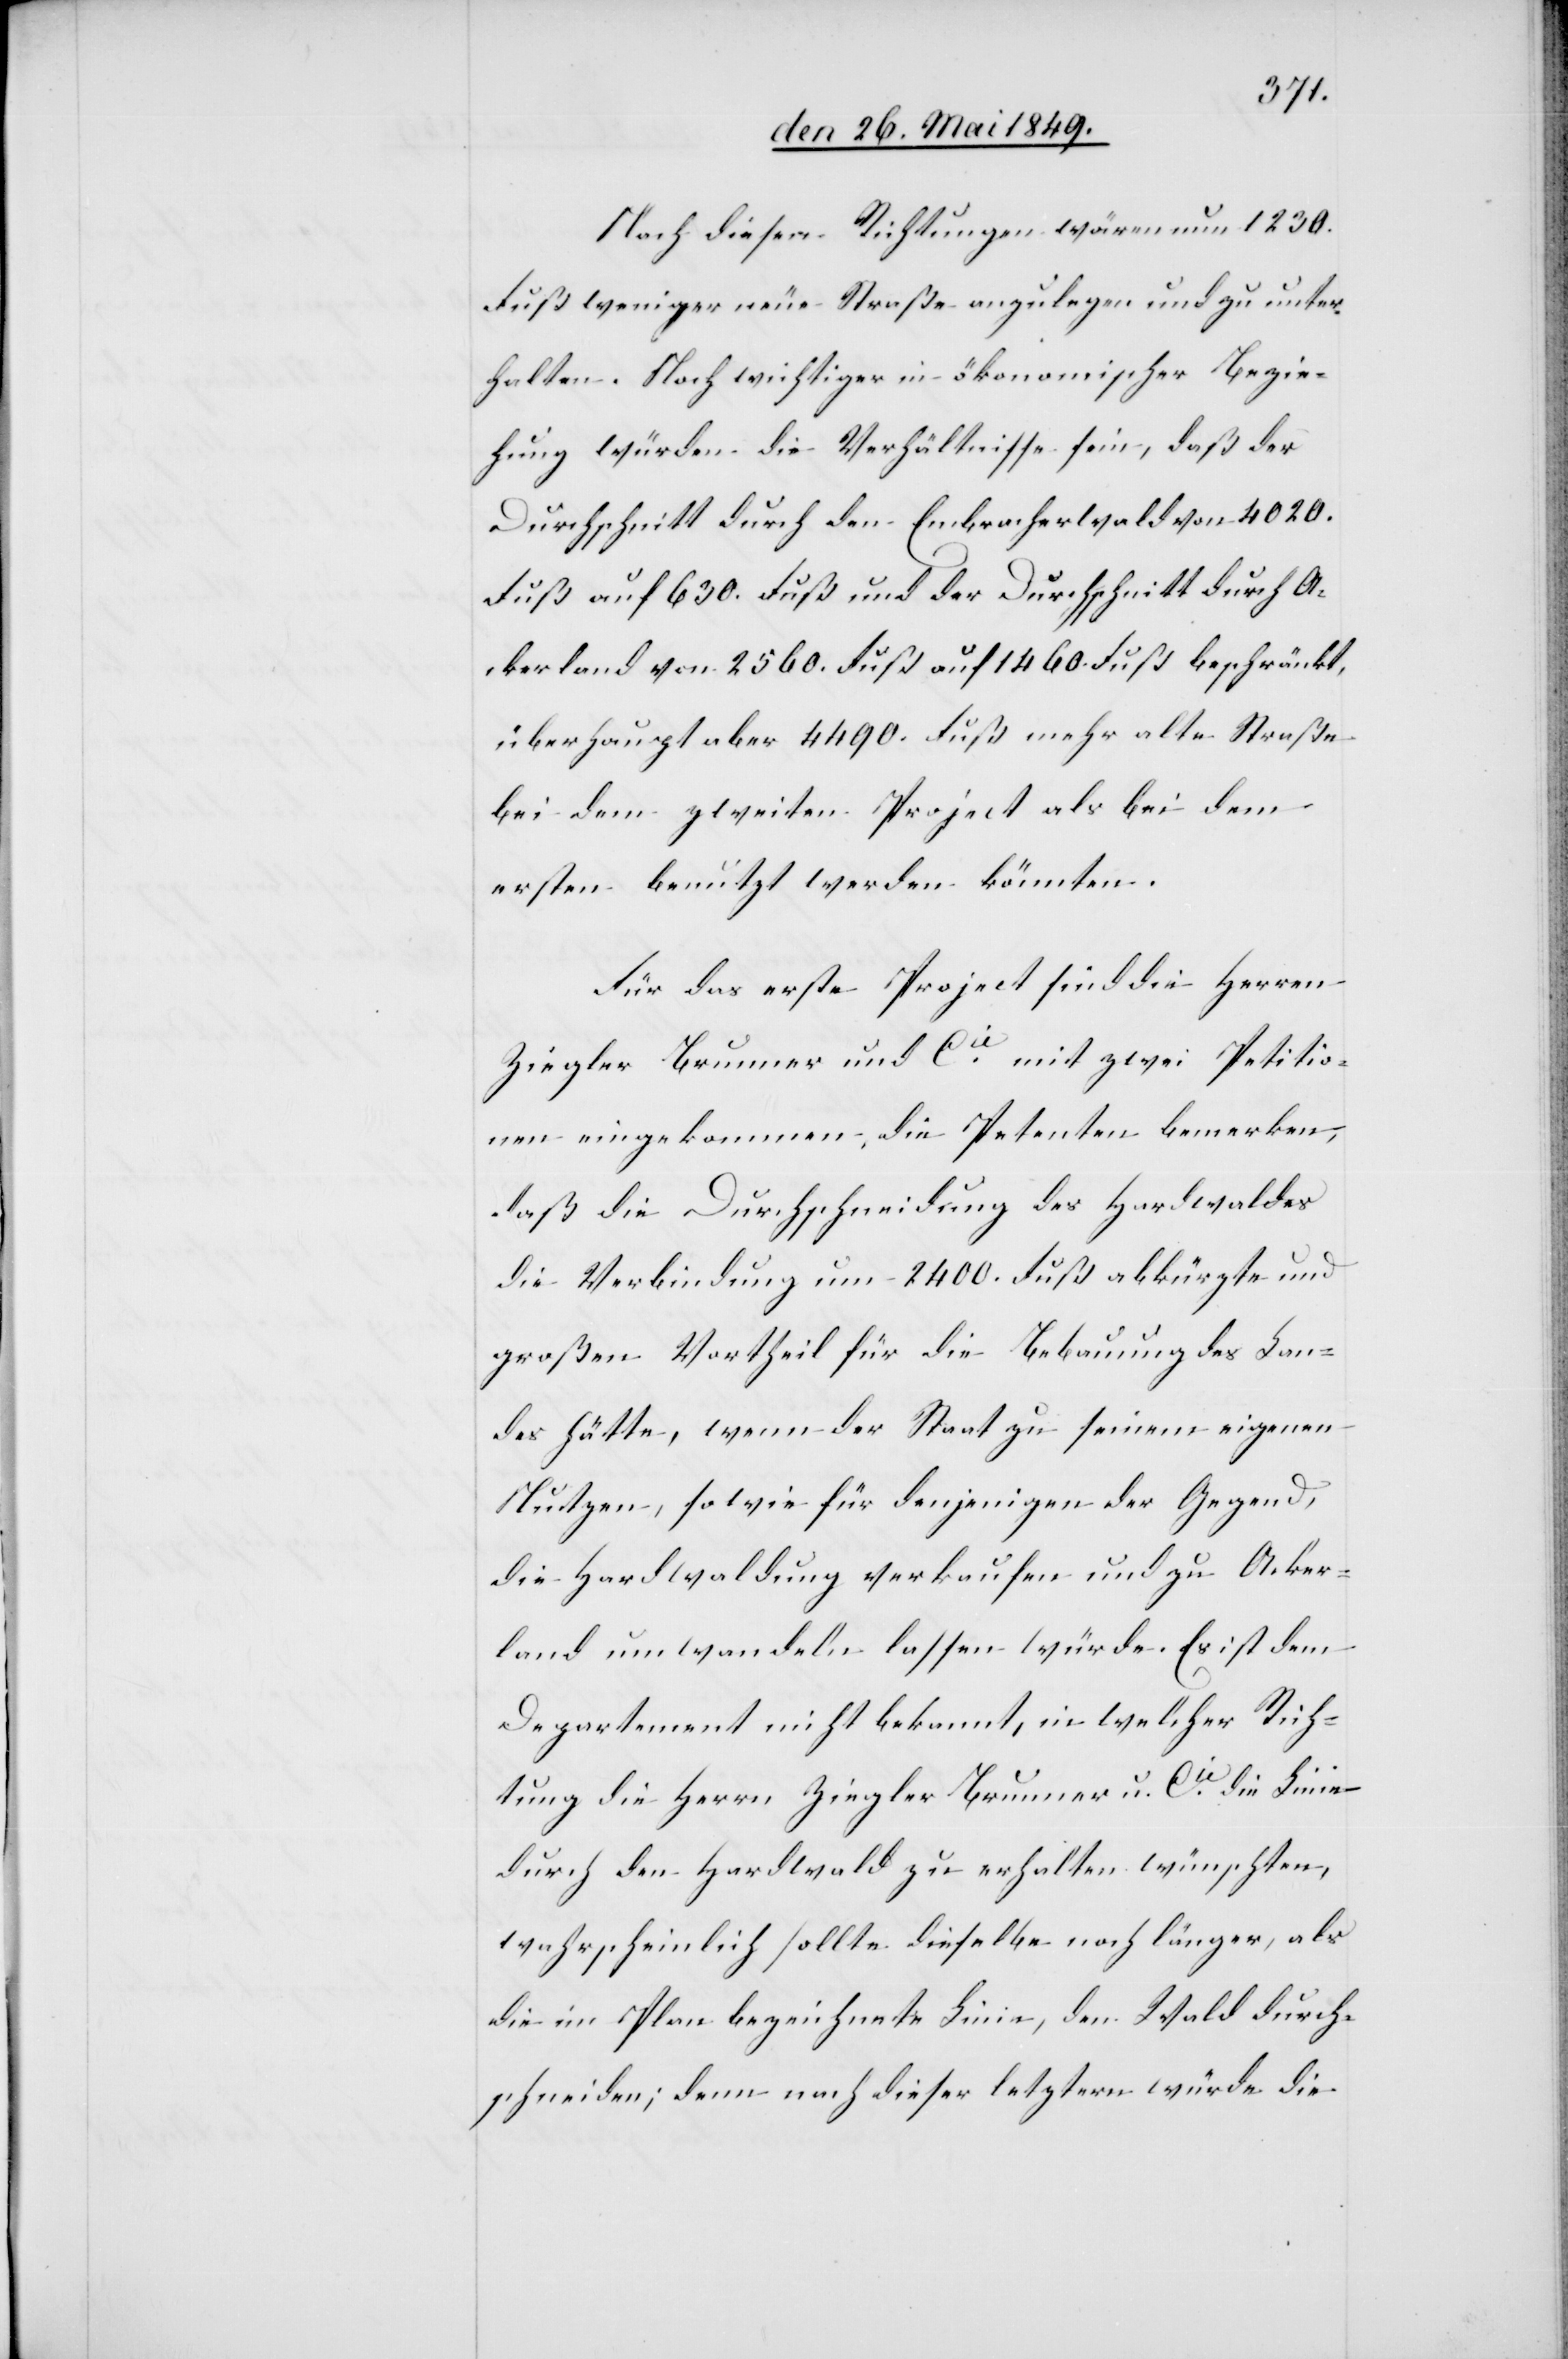
Nach diesen Richtungen wären nun 1230.
Fuß weniger neue Straße anzulegen und zu unter¬
halten. Noch wichtiger in ökonomischer Bezie¬
hung würden die Verhältnisse sein, daß der
Durchschnitt durch den Embracherwald von 4020.
Fuß auf 630. Fuß und der Durchschnitt durch A¬
ckerland von 2560. Fuß auf 1460 Fuß beschränkt,
überhaupt aber 4490. Fuß mehr alte Straße
bei dem zweiten Project als bei dem
ersten benutzt werden könnten.
Für das erste Project sind die Herren
Ziegler Brunner und Cie mit zwei Petitio¬
nen eingekommen, die Petenten bemerken,
daß die Durchschneidung des Hardwaldes
die Verbindung um 2400. Fuß abkürzte und
großen Vortheil für die Bebauung des Lan¬
des hätte, wenn der Staat zu seinem eigenen
Nutzen, sowie für denjenigen der Gegend,
die Hardwaldung verkaufen und zu Acker¬
land umwandeln lassen würde. Es ist dem
Departement nicht bekannt, in welcher Rich¬
tung die Herrn Ziegler Brunner u. Cie die Linie
durch den Hardwald zu erhalten wünschten,
wahrscheinlich sollte dieselbe noch länger, als
die im Plan bezeichnete Linie, den Wald durch¬
schneiden, denn nach dieser letztern würde die